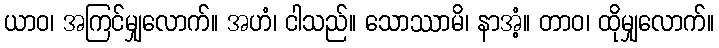
ယာဝ၊ အကြင်မျှလောက်။ အဟံ၊ ငါသည်။ သောဿာမိ၊ နာအံ့။ တာဝ၊ ထိုမျှလောက်။